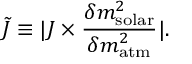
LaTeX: \tilde { J } \equiv | J \times \frac { \delta m _ { \mathrm { s o l a r } } ^ { 2 } } { \delta m _ { \mathrm { a t m } } ^ { 2 } } | .